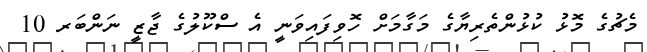
މެޗުގެ މޮޅު ކުޅުންތެރިޔާގެ މަގާމަށް ހޮވިފައިވަނީ އެ ސްކޫލުގެ ޖާޒީ ނަންބަރ 10